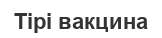
Тірі вакцина